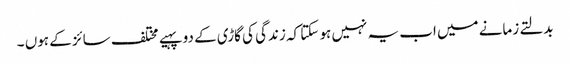
بدلتے زمانے میں اب یہ نہیں ہو سکتا کہ زندگی کی گاڑی کے دو پہیے مختلف سائز کے ہوں ۔